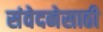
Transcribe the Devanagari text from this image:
संवेदनेसाठी